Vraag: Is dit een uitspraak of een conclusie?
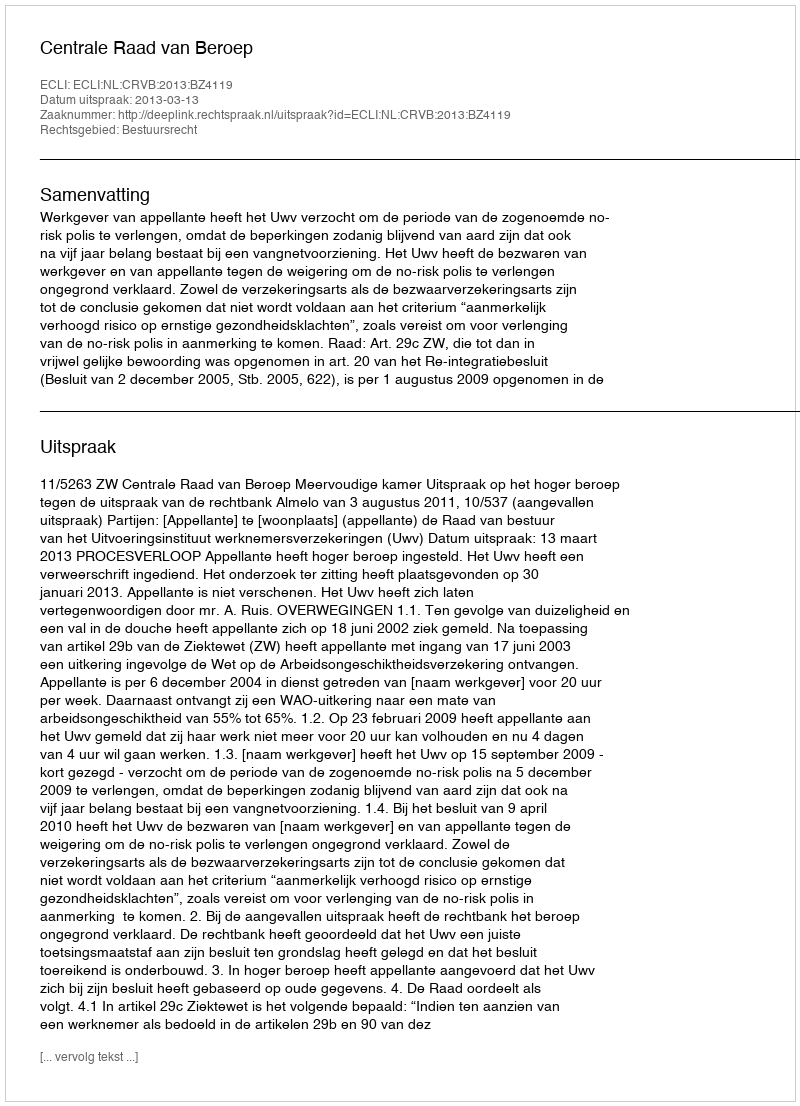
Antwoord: Uitspraak